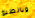
وبالطبع